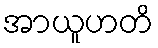
အာယူဟတိ